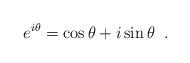
LaTeX: \begin{align*}e^{i\theta} = \cos{\theta} + i \sin{\theta} \; \; .\end{align*}